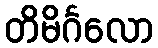
တိမိင်္ဂလော